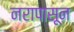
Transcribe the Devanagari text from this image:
नरापासून